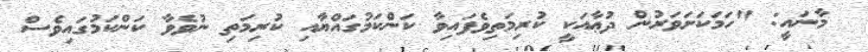
މާނައީ: "ހަމަކަށަވަރުން ދުޢާއަކީ ކުރިމަތިވެފައިވާ ކަންކަމުގައްޔާއި ކުރިމަތި ނުވެވާ ކަންކަމުގައިވެސް